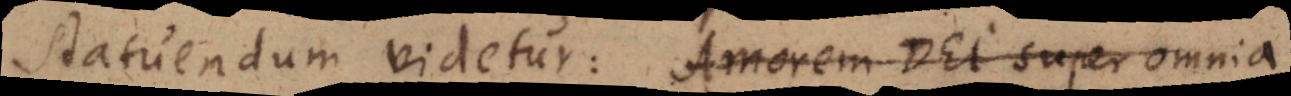
statuendum videtur: Amorem Dei super omnia